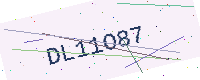
Text: DL11O87